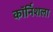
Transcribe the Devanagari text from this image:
कॉर्निशला